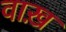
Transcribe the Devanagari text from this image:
वाख़